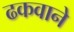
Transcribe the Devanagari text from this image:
ढकवाने